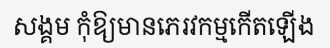
សង្គម កុំឱ្យមានភេរវកម្មកើតឡើង